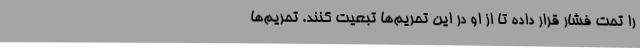
را تحت فشار قرار داده تا از او در این تحریم‌ها تبعیت کنند. تحریم‌ها